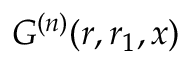
G ^ { ( n ) } ( r , r _ { 1 } , x )